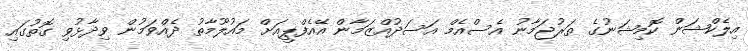
އިލެކްޝަން ކޮމިޝަނުގެ ތަރުޖަމާނު އެސްއެމް އަސަދުއްޒަމާން އޭއެފްޕީއަށް މައުލޫމާތު ދެއްވަމުން ވިދާޅުވި ގޮތުގައި